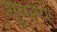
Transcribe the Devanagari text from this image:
सूयर्स्य